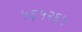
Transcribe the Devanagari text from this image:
५६५२६५